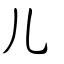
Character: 儿